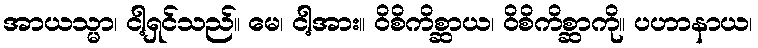
အာယသ္မာ၊ ငါ့ရှင်သည်။ မေ၊ ငါ့အား။ ဝိစိကိစ္ဆာယ၊ ဝိစိကိစ္ဆာကို။ ပဟာနာယ၊